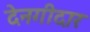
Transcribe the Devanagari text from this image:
देनगीदार